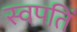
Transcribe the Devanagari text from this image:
स्वपतिं